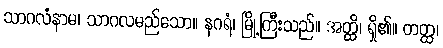
သာဂလံနာမ၊ သာဂလမည်သော။ နဂရံ၊ မြို့ကြီးသည်။ အတ္ထိ၊ ရှိ၏။ တတ္ထ၊